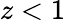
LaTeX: z<1